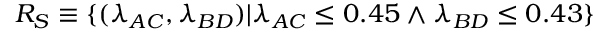
R _ { S } \equiv \{ ( \lambda _ { A C } , \lambda _ { B D } ) | { \lambda _ { A C } \leq 0 . 4 5 \wedge \lambda _ { B D } \leq 0 . 4 3 } \}